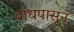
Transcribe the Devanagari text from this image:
बांधपासून